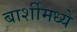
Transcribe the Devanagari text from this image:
बार्शीमध्ये